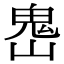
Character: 𩲈